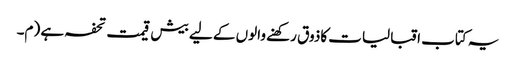
یہ کتاب اقبالیات کاذوق رکھنے والوں کے لیے بیش قیمت تحفہ ہے (م۔